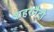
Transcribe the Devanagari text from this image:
शहरनैटो